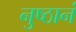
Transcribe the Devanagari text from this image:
नुष्ठानं